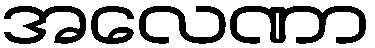
အလေဏာ